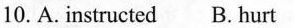
10.A. instructed B. hurt